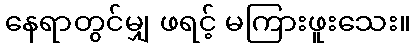
နေရာတွင်မျှ ဖရင့် မကြားဖူးသေး။